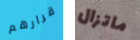
قرارهم ماتزال